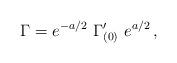
LaTeX: \begin{align*}\Gamma= e^{-a/2}\ \Gamma_{(0)}^{\prime}\ e^{a/2}\, ,\end{align*}